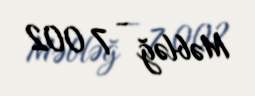
Məbləğ - 7 002